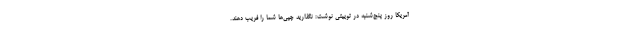
آمریکا روز پنج‌شنبه در توییتی نوشت: نگذارید چپی‌ها شما را فریب دهند.